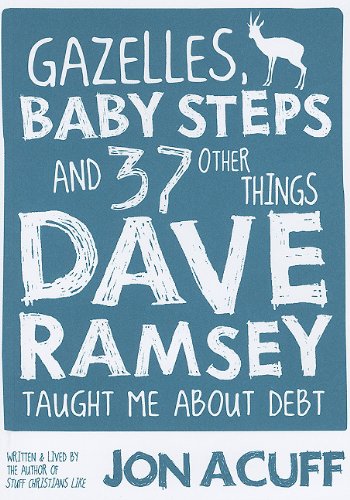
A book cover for Gazelles, Baby Steps and 37 Other Things Dave Ramsey Taught Me about Debt; Jonathan Acuff; Humor & Entertainment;